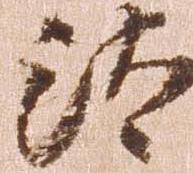
汰